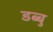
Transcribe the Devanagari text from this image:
डब्बु